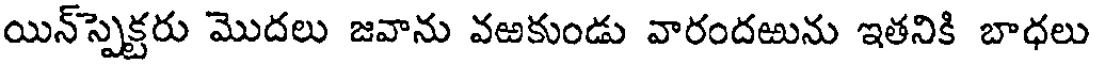
యిన్స్పెక్టరు మొదలు జవాను వఱకుండు వారందఱును ఇతనికి బాధలు